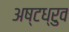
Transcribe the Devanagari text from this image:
अष्टध्रुव